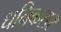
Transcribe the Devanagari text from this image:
धनिकसर